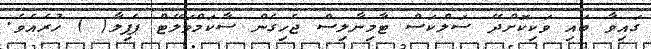
ގައިވާ ބައި ވަކިކޮށްދޭ ސަލްކަސް ޓާމިނާލިސް ޖެހިގެން ސާކަމްވަލޭޓް ޕެޕިލާ( ) ހުރެއެވެ.